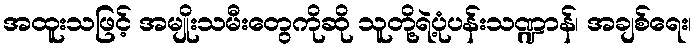
အထူးသဖြင့် အမျိုးသမီးတွေကိုဆို သူတို့ရဲ့ပုံပန်းသဏ္ဍာန်၊ အချစ်ရေး၊